Plague in India, 1896, 1897 - Volume 1
Year: 1896
Disease focus: Plague
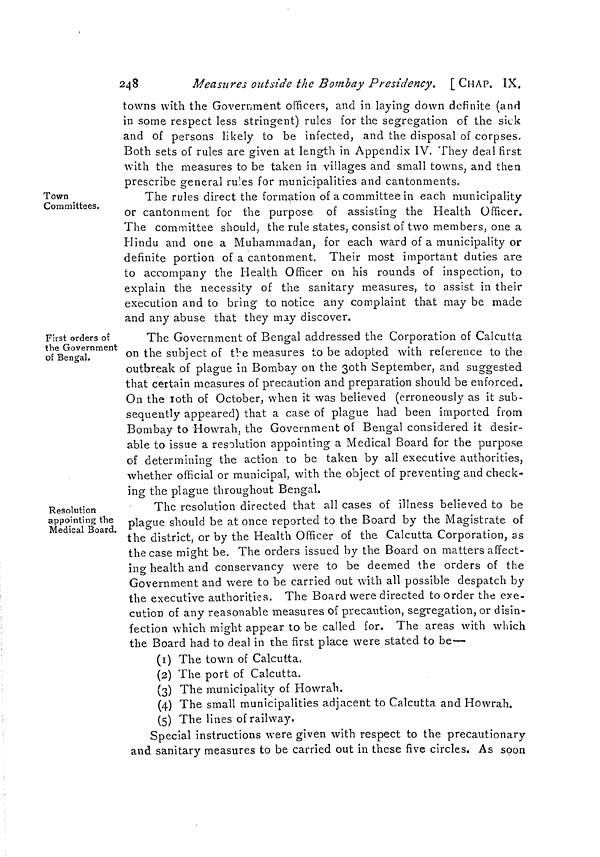
248
Measures outside the Bombay Presidency. [CHAP. IX.
towns with the Government officers, and in laying down definite (and
in some respect less stringent) rules for the segregation of the sick
and of persons likely to be infected, and the disposal of corpses.
Both sets of rules are given at length in Appendix IV. They deal first
with the measures to be taken in villages and small towns, and then
prescribe general rules for municipalities and cantonments.
Town
Committees.
The rules direct the formation of a committee in each municipality
or cantonment for the purpose of assisting the Health Officer.
The committee should, the rule states, consist of two members, one a
Hindu and one a Muhammadan, for each ward of a municipality or
definite portion of a cantonment. Their most important duties are
to accompany the Health Officer on his rounds of inspection, to
explain the necessity of the sanitary measures, to assist in their
execution and to bring to notice any complaint that may be made
and any abuse that they may discover.
First orders of
the Government
of Bengal.
The Government of Bengal addressed the Corporation of Calcutta
on the subject of the measures to be adopted with reference to the
outbreak of plague in Bombay on the 30th September, and suggested
that certain measures of precaution and preparation should be enforced.
On the 10th of October, when it was believed (erroneously as it sub-
sequently appeared) that a case of plague had been imported from
Bombay to Howrah, the Government of Bengal considered it desir-
able to issue a resolution appointing a Medical Board for the purpose
of determining the action to be taken by all executive authorities,
whether official or municipal, with the object of preventing and check-
ing the plague throughout Bengal.
Resolution
appointing the
Medical Board.
The resolution directed that all cases of illness believed to be
plague should be at once reported to the Board by the Magistrate of
the district, or by the Health Officer of the Calcutta Corporation, as
the case might be. The orders issued by the Board on matters affect-
ing health and conservancy were to be deemed the orders of the
Government and were to be carried out with all possible despatch by
the executive authorities. The Board were directed to order the exe-
cution of any reasonable measures of precaution, segregation, or disin-
fection which might appear to be called for. The areas with which
the Board had to deal in the first place were stated to be—
(1) The town of Calcutta.
(2) The port of Calcutta.
(3) The municipality of Howrah.
(4) The small municipalities adjacent to Calcutta and Howrah.
(5) The lines of railway,
Special instructions were given with respect to the precautionary
and sanitary measures to be carried out in these five circles. As soon